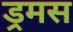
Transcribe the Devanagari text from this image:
ड्रमस